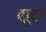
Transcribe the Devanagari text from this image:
द्यूक